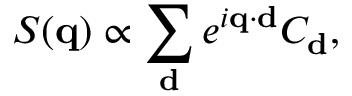
S ( \mathbf { q } ) \propto \sum _ { \mathbf { d } } e ^ { i \mathbf { q } \cdot \mathbf { d } } C _ { \mathbf { d } } ,